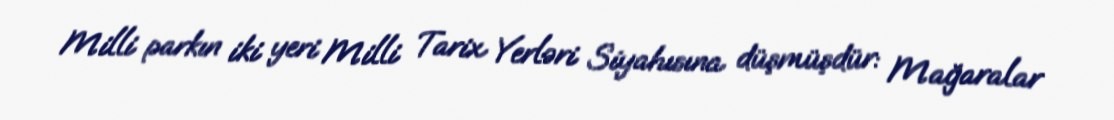
Milli parkın iki yeri Milli Tarix Yerləri Siyahısına düşmüşdür: Mağaralar